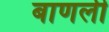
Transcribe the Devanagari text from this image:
बाणली